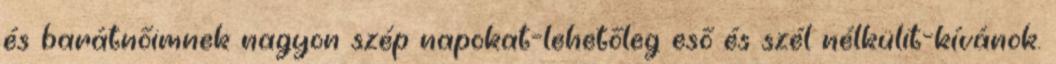
és barátnőimnek nagyon szép napokat-lehetőleg eső és szél nélkülit-kívánok.